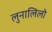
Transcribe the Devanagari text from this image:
लुनालिलो